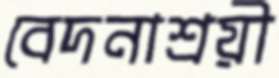
বেদনাশ্রয়ী